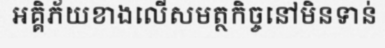
អគ្គិភ័យខាងលើសមត្ថកិច្ចនៅមិនទាន់